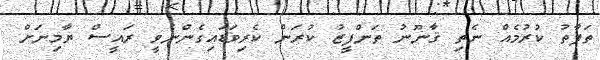
ތަފާތު ކުރުމެއް ނެތި ޤާނޫނު ތަންފީޒު ކުރަން ކެރިވަޑައިގެންނެވީ ރައީސް ޔާމިނަށް